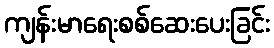
ကျန်းမာရေးစစ်ဆေးပေးခြင်း